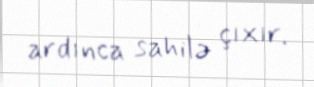
ardınca sahilə çıxır.